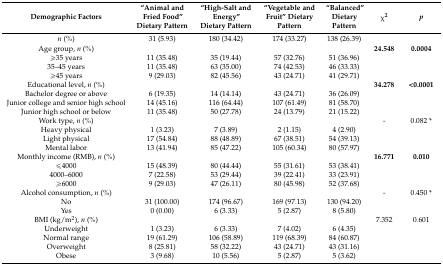
<table><thead><tr><td><b>Demographic Factors</b></td><td><b>“Animal and Fried Food” Dietary Pattern</b></td><td><b>“High-Salt and Energy” Dietary Pattern</b></td><td><b>“Vegetable and Fruit” Dietary Pattern</b></td><td><b>“Balanced” Dietary Pattern</b></td><td><b>χ<sup>2</sup></b></td><td><b><i>p</i></b></td></tr></thead><tbody><tr><td><i>n</i> (%)</td><td>31 (5.93)</td><td>180 (34.42)</td><td>174 (33.27)</td><td>138 (26.39)</td><td></td><td></td></tr><tr><td>Age group, <i>n</i> (%)</td><td></td><td></td><td></td><td></td><td><b>24.548</b></td><td><b>0.0004</b></td></tr><tr><td>≥35 years</td><td>11 (35.48)</td><td>35 (19.44)</td><td>57 (32.76)</td><td>51 (36.96)</td><td></td><td></td></tr><tr><td>35–45 years</td><td>11 (35.48)</td><td>63 (35.00)</td><td>74 (42.53)</td><td>46 (33.33)</td><td></td><td></td></tr><tr><td>≥45 years</td><td>9 (29.03)</td><td>82 (45.56)</td><td>43 (24.71)</td><td>41 (29.71)</td><td></td><td></td></tr><tr><td>Educational level, <i>n</i> (%)</td><td></td><td></td><td></td><td></td><td><b>34.278</b></td><td><b>&lt;0.0001</b></td></tr><tr><td>Bachelor degree or above</td><td>6 (19.35)</td><td>14 (14.14)</td><td>43 (24.71)</td><td>36 (26.09)</td><td></td><td></td></tr><tr><td>Junior college and senior high school</td><td>14 (45.16)</td><td>116 (64.44)</td><td>107 (61.49)</td><td>81 (58.70)</td><td></td><td></td></tr><tr><td>Junior high school or below</td><td>11 (35.48)</td><td>50 (27.78)</td><td>24 (13.79)</td><td>21 (15.22)</td><td></td><td></td></tr><tr><td>Work type, <i>n</i> (%)</td><td></td><td></td><td></td><td></td><td>-</td><td>0.082 *</td></tr><tr><td>Heavy physical</td><td>1 (3.23)</td><td>7 (3.89)</td><td>2 (1.15)</td><td>4 (2.90)</td><td></td><td></td></tr><tr><td>Light physical</td><td>17 (54.84)</td><td>88 (48.89)</td><td>67 (38.51)</td><td>54 (39.13)</td><td></td><td></td></tr><tr><td>Mental labor</td><td>13 (41.94)</td><td>85 (47.22)</td><td>105 (60.34)</td><td>80 (57.97)</td><td></td><td></td></tr><tr><td>Monthly income (RMB), <i>n</i> (%)</td><td></td><td></td><td></td><td></td><td><b>16.771</b></td><td><b>0.010</b></td></tr><tr><td>≤4000 </td><td>15 (48.39)</td><td>80 (44.44)</td><td>55 (31.61)</td><td>53 (38.41)</td><td></td><td></td></tr><tr><td>4000–6000</td><td>7 (22.58)</td><td>53 (29.44)</td><td>39 (22.41)</td><td>33 (23.91)</td><td></td><td></td></tr><tr><td>≥6000</td><td>9 (29.03)</td><td>47 (26.11)</td><td>80 (45.98)</td><td>52 (37.68)</td><td></td><td></td></tr><tr><td>Alcohol consumption, <i>n</i> (%)</td><td></td><td></td><td></td><td></td><td>-</td><td>0.450 *</td></tr><tr><td>No</td><td>31 (100.00)</td><td>174 (96.67)</td><td>169 (97.13)</td><td>130 (94.20)</td><td></td><td></td></tr><tr><td>Yes</td><td>0 (0.00)</td><td>6 (3.33)</td><td>5 (2.87)</td><td>8 (5.80)</td><td></td><td></td></tr><tr><td>BMI (kg/m<sup>2</sup>), <i>n</i> (%)</td><td></td><td></td><td></td><td></td><td>7.352</td><td>0.601</td></tr><tr><td>Underweight</td><td>1 (3.23)</td><td>6 (3.33)</td><td>7 (4.02)</td><td>6 (4.35)</td><td></td><td></td></tr><tr><td>Normal range</td><td>19 (61.29)</td><td>106 (58.89)</td><td>119 (68.39)</td><td>84 (60.87)</td><td></td><td></td></tr><tr><td>Overweight</td><td>8 (25.81)</td><td>58 (32.22)</td><td>43 (24.71)</td><td>43 (31.16)</td><td></td><td></td></tr><tr><td>Obese</td><td>3 (9.68)</td><td>10 (5.56)</td><td>5 (2.87)</td><td>5 (3.62)</td><td></td><td></td></tr></tbody></table>